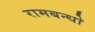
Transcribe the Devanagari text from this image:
रामबन्धो